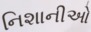
નિશાનીઓ